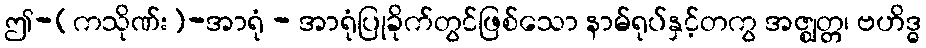
ဤ-(ကသိုဏ်း)-အာရုံ - အာရုံပြုခိုက်တွင်ဖြစ်သော နာမ်ရုပ်နှင့်တကွ အဇ္ဈတ္တ၊ ဗဟိဒ္ဓ